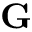
\mathbf { G }